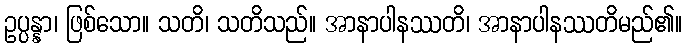
ဥပ္ပန္နာ၊ ဖြစ်သော။ သတိ၊ သတိသည်။ အာနာပါနဿတိ၊ အာနာပါနဿတိမည်၏။